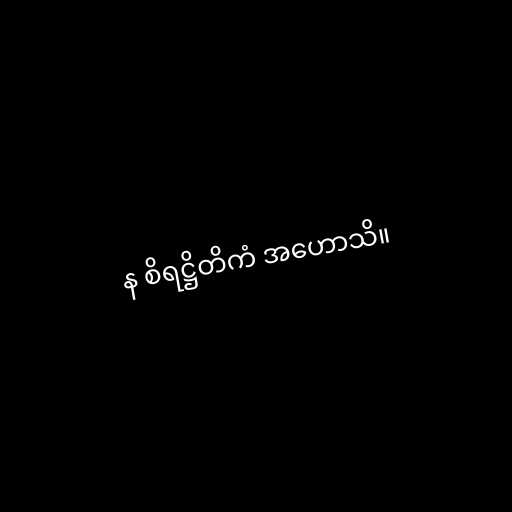
န စိရဋ္ဌိတိကံ အဟောသိ။